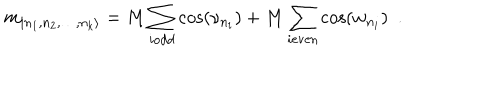
m _ { | n _ { 1 } , n _ { 2 } , \dots , n _ { k } \rangle } = M \sum _ { i \textrm { } \mathrm { o d d } } \cos ( \nu _ { n _ { i } } ) + M \sum _ { i \textrm { } \mathrm { e v e n } } \cos ( w _ { n _ { i } } ) \, \, \, .